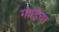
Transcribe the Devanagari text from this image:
गवईंचा